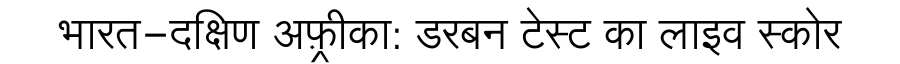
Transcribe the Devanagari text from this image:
भारत-दक्षिण अफ़्रीका: डरबन टेस्ट का लाइव स्कोर